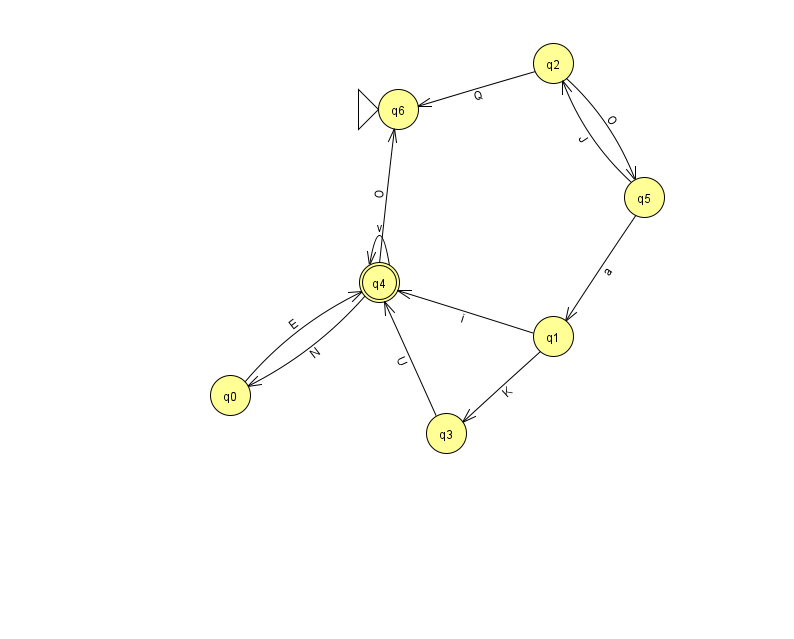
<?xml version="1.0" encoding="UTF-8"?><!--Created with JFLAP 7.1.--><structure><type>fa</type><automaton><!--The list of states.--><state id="0" name="q0"><x>230.0</x><y>382.0</y></state><state id="1" name="q1"><x>553.0</x><y>323.0</y></state><state id="2" name="q2"><x>553.0</x><y>50.0</y></state><state id="3" name="q3"><x>446.0</x><y>420.0</y></state><state id="4" name="q4"><x>379.0</x><y>269.0</y><final/></state><state id="5" name="q5"><x>644.0</x><y>184.0</y></state><state id="6" name="q6"><x>398.0</x><y>96.0</y><initial/></state><!--The list of transitions.--><transition><from>2</from><to>6</to><read>Q</read></transition><transition><from>0</from><to>4</to><read>E</read></transition><transition><from>4</from><to>6</to><read>O</read></transition><transition><from>4</from><to>4</to><read>v</read></transition><transition><from>3</from><to>4</to><read>U</read></transition><transition><from>5</from><to>1</to><read>a</read></transition><transition><from>1</from><to>3</to><read>K</read></transition><transition><from>1</from><to>4</to><read>i</read></transition><transition><from>4</from><to>0</to><read>N</read></transition><transition><from>2</from><to>5</to><read>O</read></transition><transition><from>5</from><to>2</to><read>J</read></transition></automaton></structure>